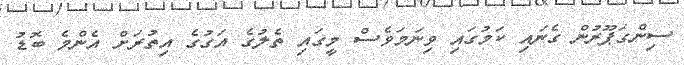
ސިންގަޕޫރުން ގެނައި ކަމުގައި ވިނަމަވެސް މީގައި ތެލުގެ އަގުގެ އިތުރަށް އެންމެ ބޮޑު